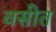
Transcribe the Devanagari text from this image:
वसीत